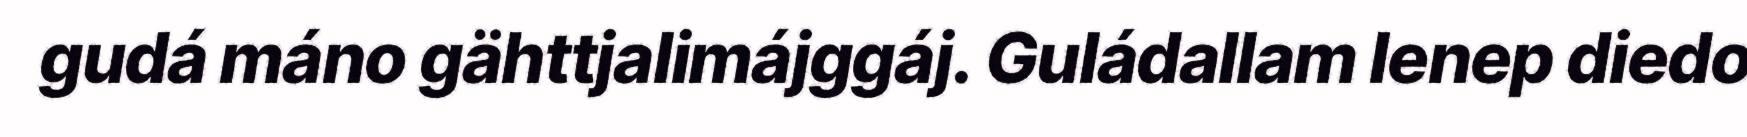
gudá máno gähttjalimájggáj. Guládallam Ienep diedo